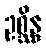
ဥစ္ဆိန္ဒ